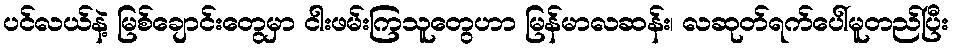
ပင်လယ်နဲ့ မြစ်ချောင်းတွေမှာ ငါးဖမ်းကြသူတွေဟာ မြန်မာလဆန်း၊ လဆုတ်ရက်ပေါ်မူတည်ပြီး